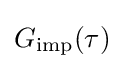
G_{\mathrm {imp} }(\tau )